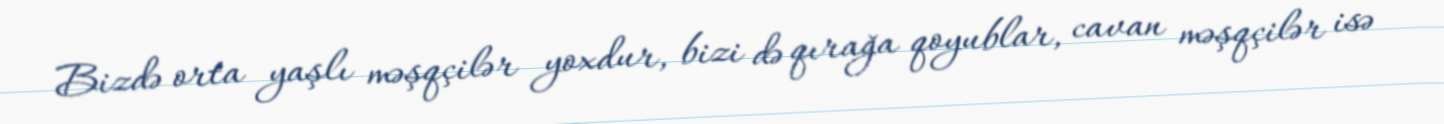
Bizdə orta yaşlı məşqçilər yoxdur, bizi də qırağa qoyublar, cavan məşqçilər isə